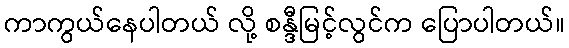
ကာကွယ်နေပါတယ် လို့ စန္ဒီမြင့်လွင်က ပြောပါတယ်။